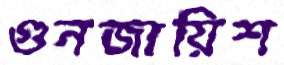
গুনজায়িশ